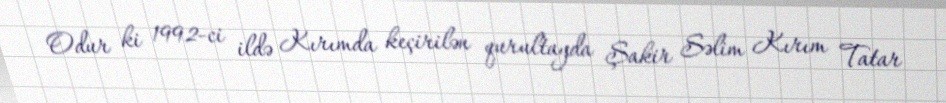
Odur ki 1992-ci ildə Kırımda keçirilən qurultayda Şakir Səlim Kırım Tatar